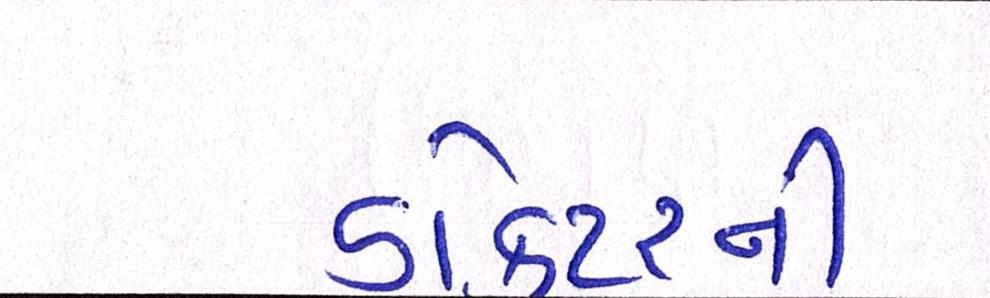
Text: ડોકટરની